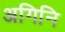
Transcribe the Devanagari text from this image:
अगिनि